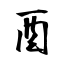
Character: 酉